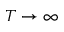
T \to \infty